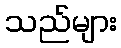
သည်များ